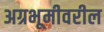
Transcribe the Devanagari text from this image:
अग्रभूमीवरील